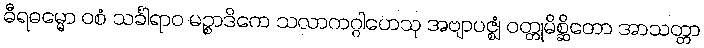
ဓီရဓမ္မော ဝစံ သင်္ခါရာဝ မဉ္စာဒိကေ သလာကဂ္ဂါဟေသု အဗျာပဇ္ဈံ ဝတ္တုမိစ္ဆိတော အာသတ္တာ